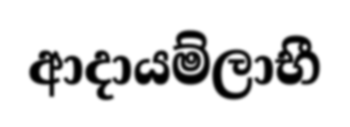
ආදායම්ලාභී